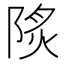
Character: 𨹾